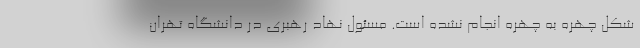
شکل چهره به چهره انجام نشده است. مسئول نهاد رهبری در دانشگاه تهران